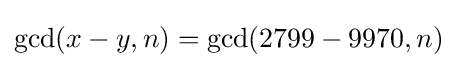
\gcd(x-y,n)=\gcd(2799-9970,n)